65_HS1-834228961_62-HQ-83894_Section_7
Agency: FBI
Page 92
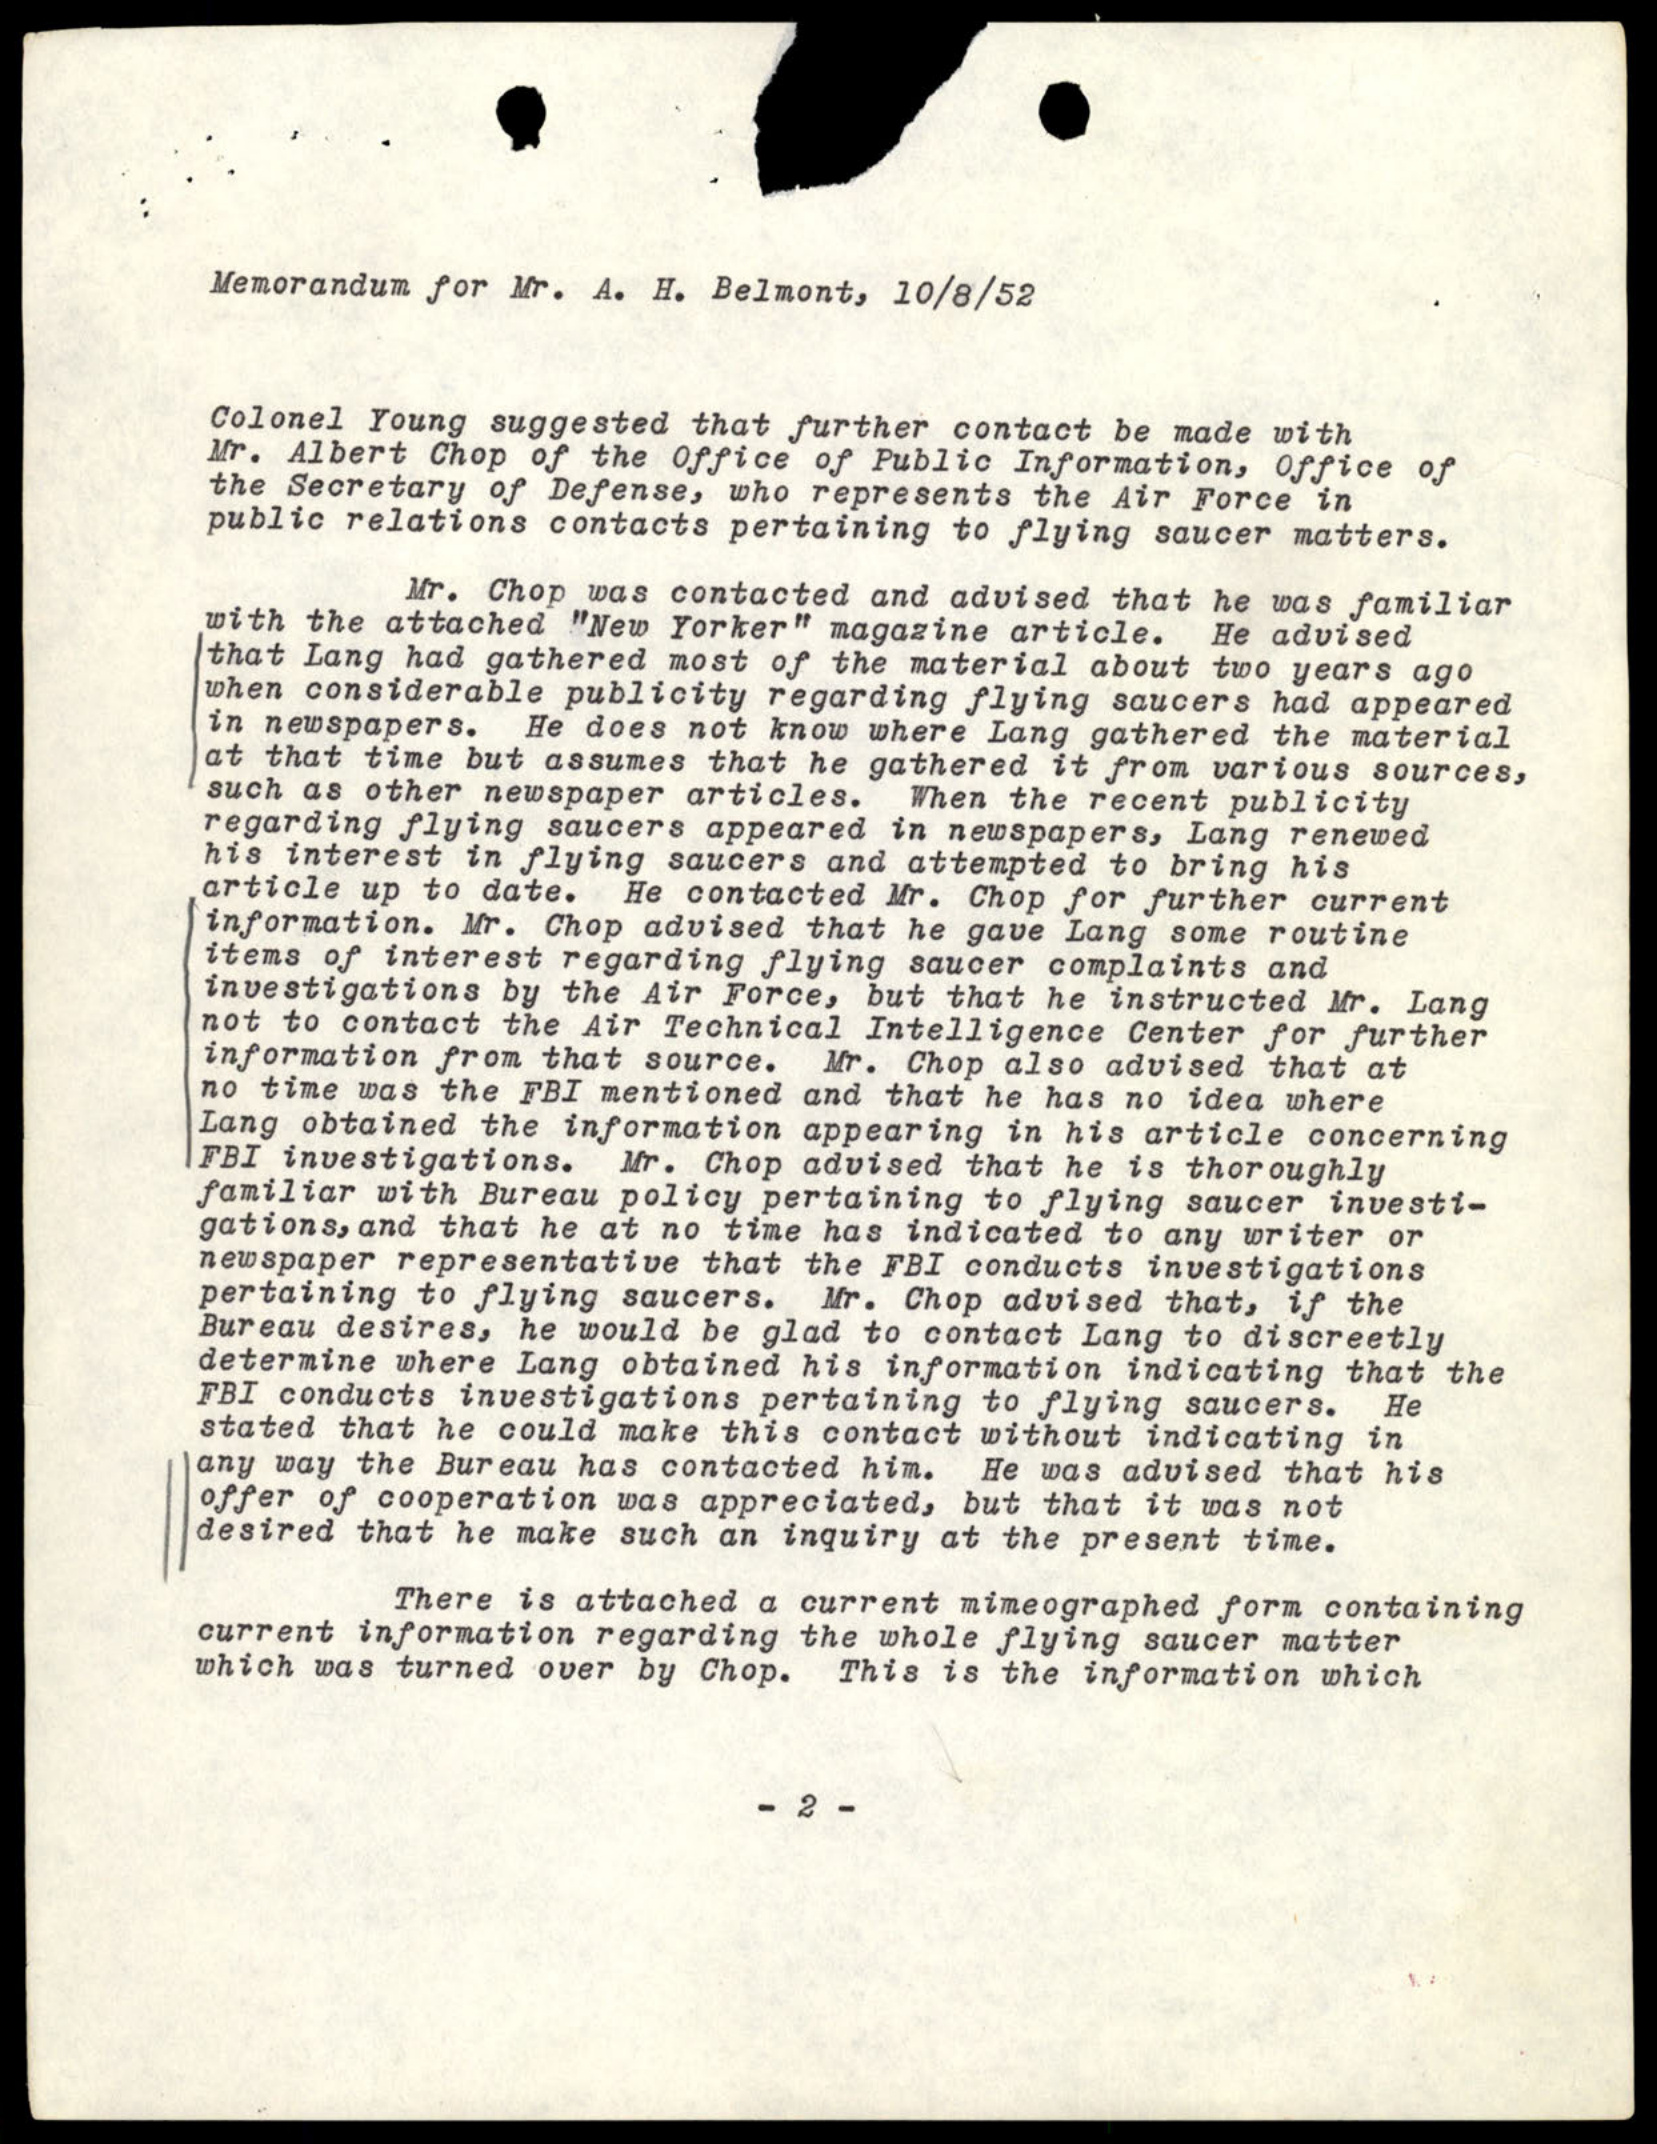